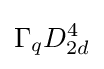
\Gamma _{q}D_{2d}^{4}